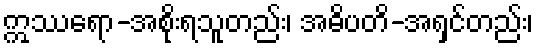
ဣဿရော-အစိုးရသူတည်း၊ အဓိပတိ-အရှင်တည်း၊